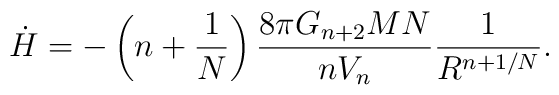
\dot H = -\left(n +\frac{1}{N}\right) \frac{8\pi G_{n+2} MN}{nV_n}     \frac{1}{R^{n+1/N}}.